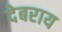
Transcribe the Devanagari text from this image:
देबराय